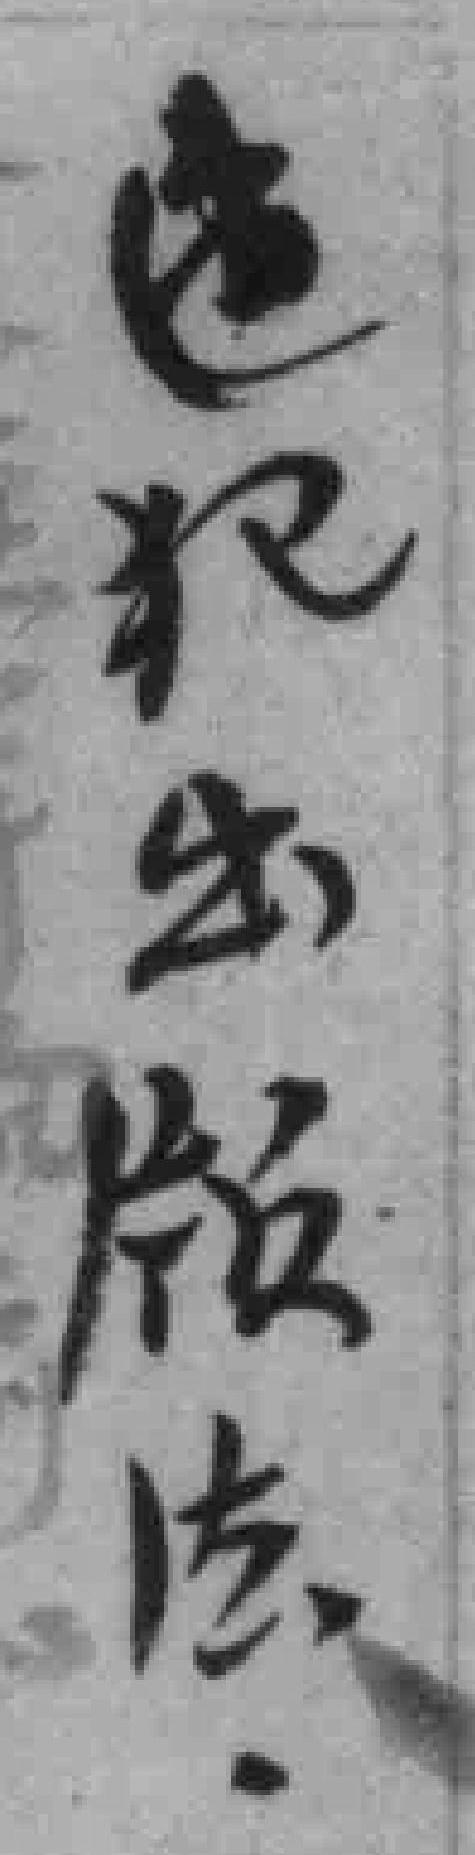
违犯出版法